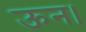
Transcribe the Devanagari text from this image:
ऊन।